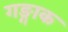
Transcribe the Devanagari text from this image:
गङ्गाक